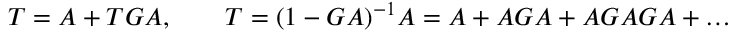
T = A + T G A , \qquad T = ( 1 - G A ) ^ { - 1 } A = A + A G A + A G A G A + \ldots